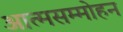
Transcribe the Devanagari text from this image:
आत्मसम्मोहन